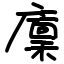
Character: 廩